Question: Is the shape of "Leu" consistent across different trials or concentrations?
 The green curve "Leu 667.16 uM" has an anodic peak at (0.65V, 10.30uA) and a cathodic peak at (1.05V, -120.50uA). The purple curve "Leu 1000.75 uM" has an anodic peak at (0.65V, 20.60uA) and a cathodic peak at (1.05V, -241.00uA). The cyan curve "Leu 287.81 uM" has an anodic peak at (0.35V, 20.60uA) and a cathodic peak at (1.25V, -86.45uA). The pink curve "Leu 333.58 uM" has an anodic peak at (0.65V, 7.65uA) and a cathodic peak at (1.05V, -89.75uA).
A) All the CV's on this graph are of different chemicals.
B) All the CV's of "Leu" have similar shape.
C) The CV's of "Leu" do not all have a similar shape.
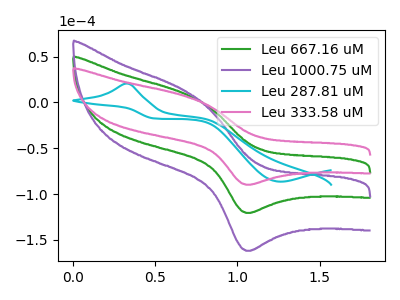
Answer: <think>All the peaks in "Leu 667.16 uM" have a peak in "Leu 1000.75 uM" at the same potential. Every peak in "Leu 667.16 uM" is lower than every peak in "Leu 1000.75 uM". "Leu 667.16 uM" and "Leu 287.81 uM" have at least one peak that do not match. All the peaks in "Leu 667.16 uM" have a peak in "Leu 333.58 uM" at the same potential. Every peak in "Leu 667.16 uM" is higher than every peak in "Leu 333.58 uM". "Leu 1000.75 uM" and "Leu 287.81 uM" have at least one peak that do not match. All the peaks in "Leu 1000.75 uM" have a peak in "Leu 333.58 uM" at the same potential. Every peak in "Leu 1000.75 uM" is higher than every peak in "Leu 333.58 uM". "Leu 287.81 uM" and "Leu 333.58 uM" have at least one peak that do not match.
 </think>
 <answer>B) All the CV's of "Leu" have similar shape.</answer>
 <eval>B</eval>